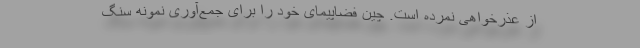
از عذرخواهی نمرده است. چین فضاپیمای خود را برای جمع‌آوری نمونه سنگ